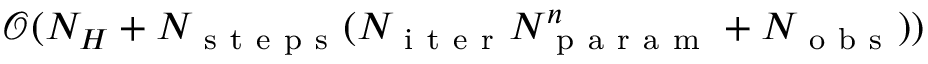
\mathcal { O } ( N _ { H } + N _ { \mathrm { ~ s ~ t ~ e ~ p ~ s ~ } } ( N _ { \mathrm { ~ i ~ t ~ e ~ r ~ } } N _ { \mathrm { ~ p ~ a ~ r ~ a ~ m ~ } } ^ { n } + N _ { \mathrm { ~ o ~ b ~ s ~ } } ) )